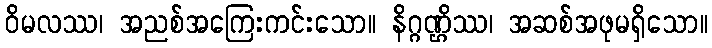
ဝိမလဿ၊ အညစ်အကြေးကင်းသော။ နိဂ္ဂဏ္ဌိဿ၊ အဆစ်အဖုမရှိသော။